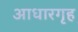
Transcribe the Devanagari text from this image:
आधारगृह